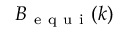
B _ { \mathrm { ~ e ~ q ~ u ~ i ~ } } ( k )